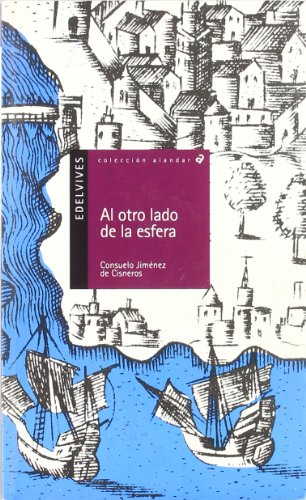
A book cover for Al otro lado de la esfera/ At the Other Side of the Sphere (Alandar) (Spanish Edition); Consuelo Jimenez de Cisneros; Teen & Young Adult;